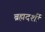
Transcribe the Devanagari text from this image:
ब्रह्मदर्शी